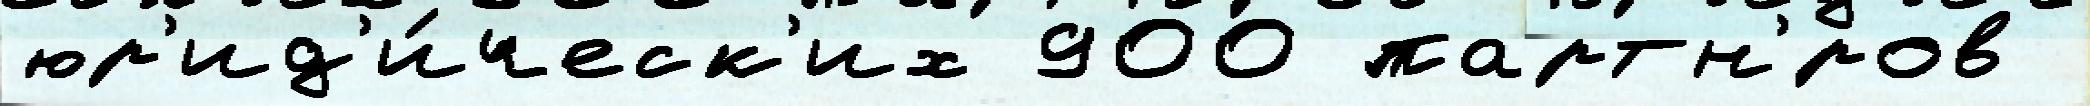
юр'ид'и́ческ'их 900 партн'́ров